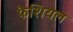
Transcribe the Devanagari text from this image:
फैशियल